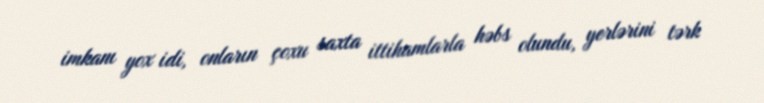
imkanı yox idi, onların çoxu saxta ittihamlarla həbs olundu, yerlərini tərk